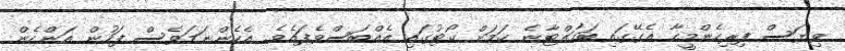
ވިޔަސް ފިރިހެންމީހާ އެގޭގައި ބަހައްޓާނެ ކަމަށް ކޯޓުގައި އެއްބަސްވެފައެވެ. އެހެންނަމަވެސް ފަހުން އަންހެން